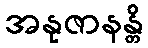
အနုဇာနန္တိ